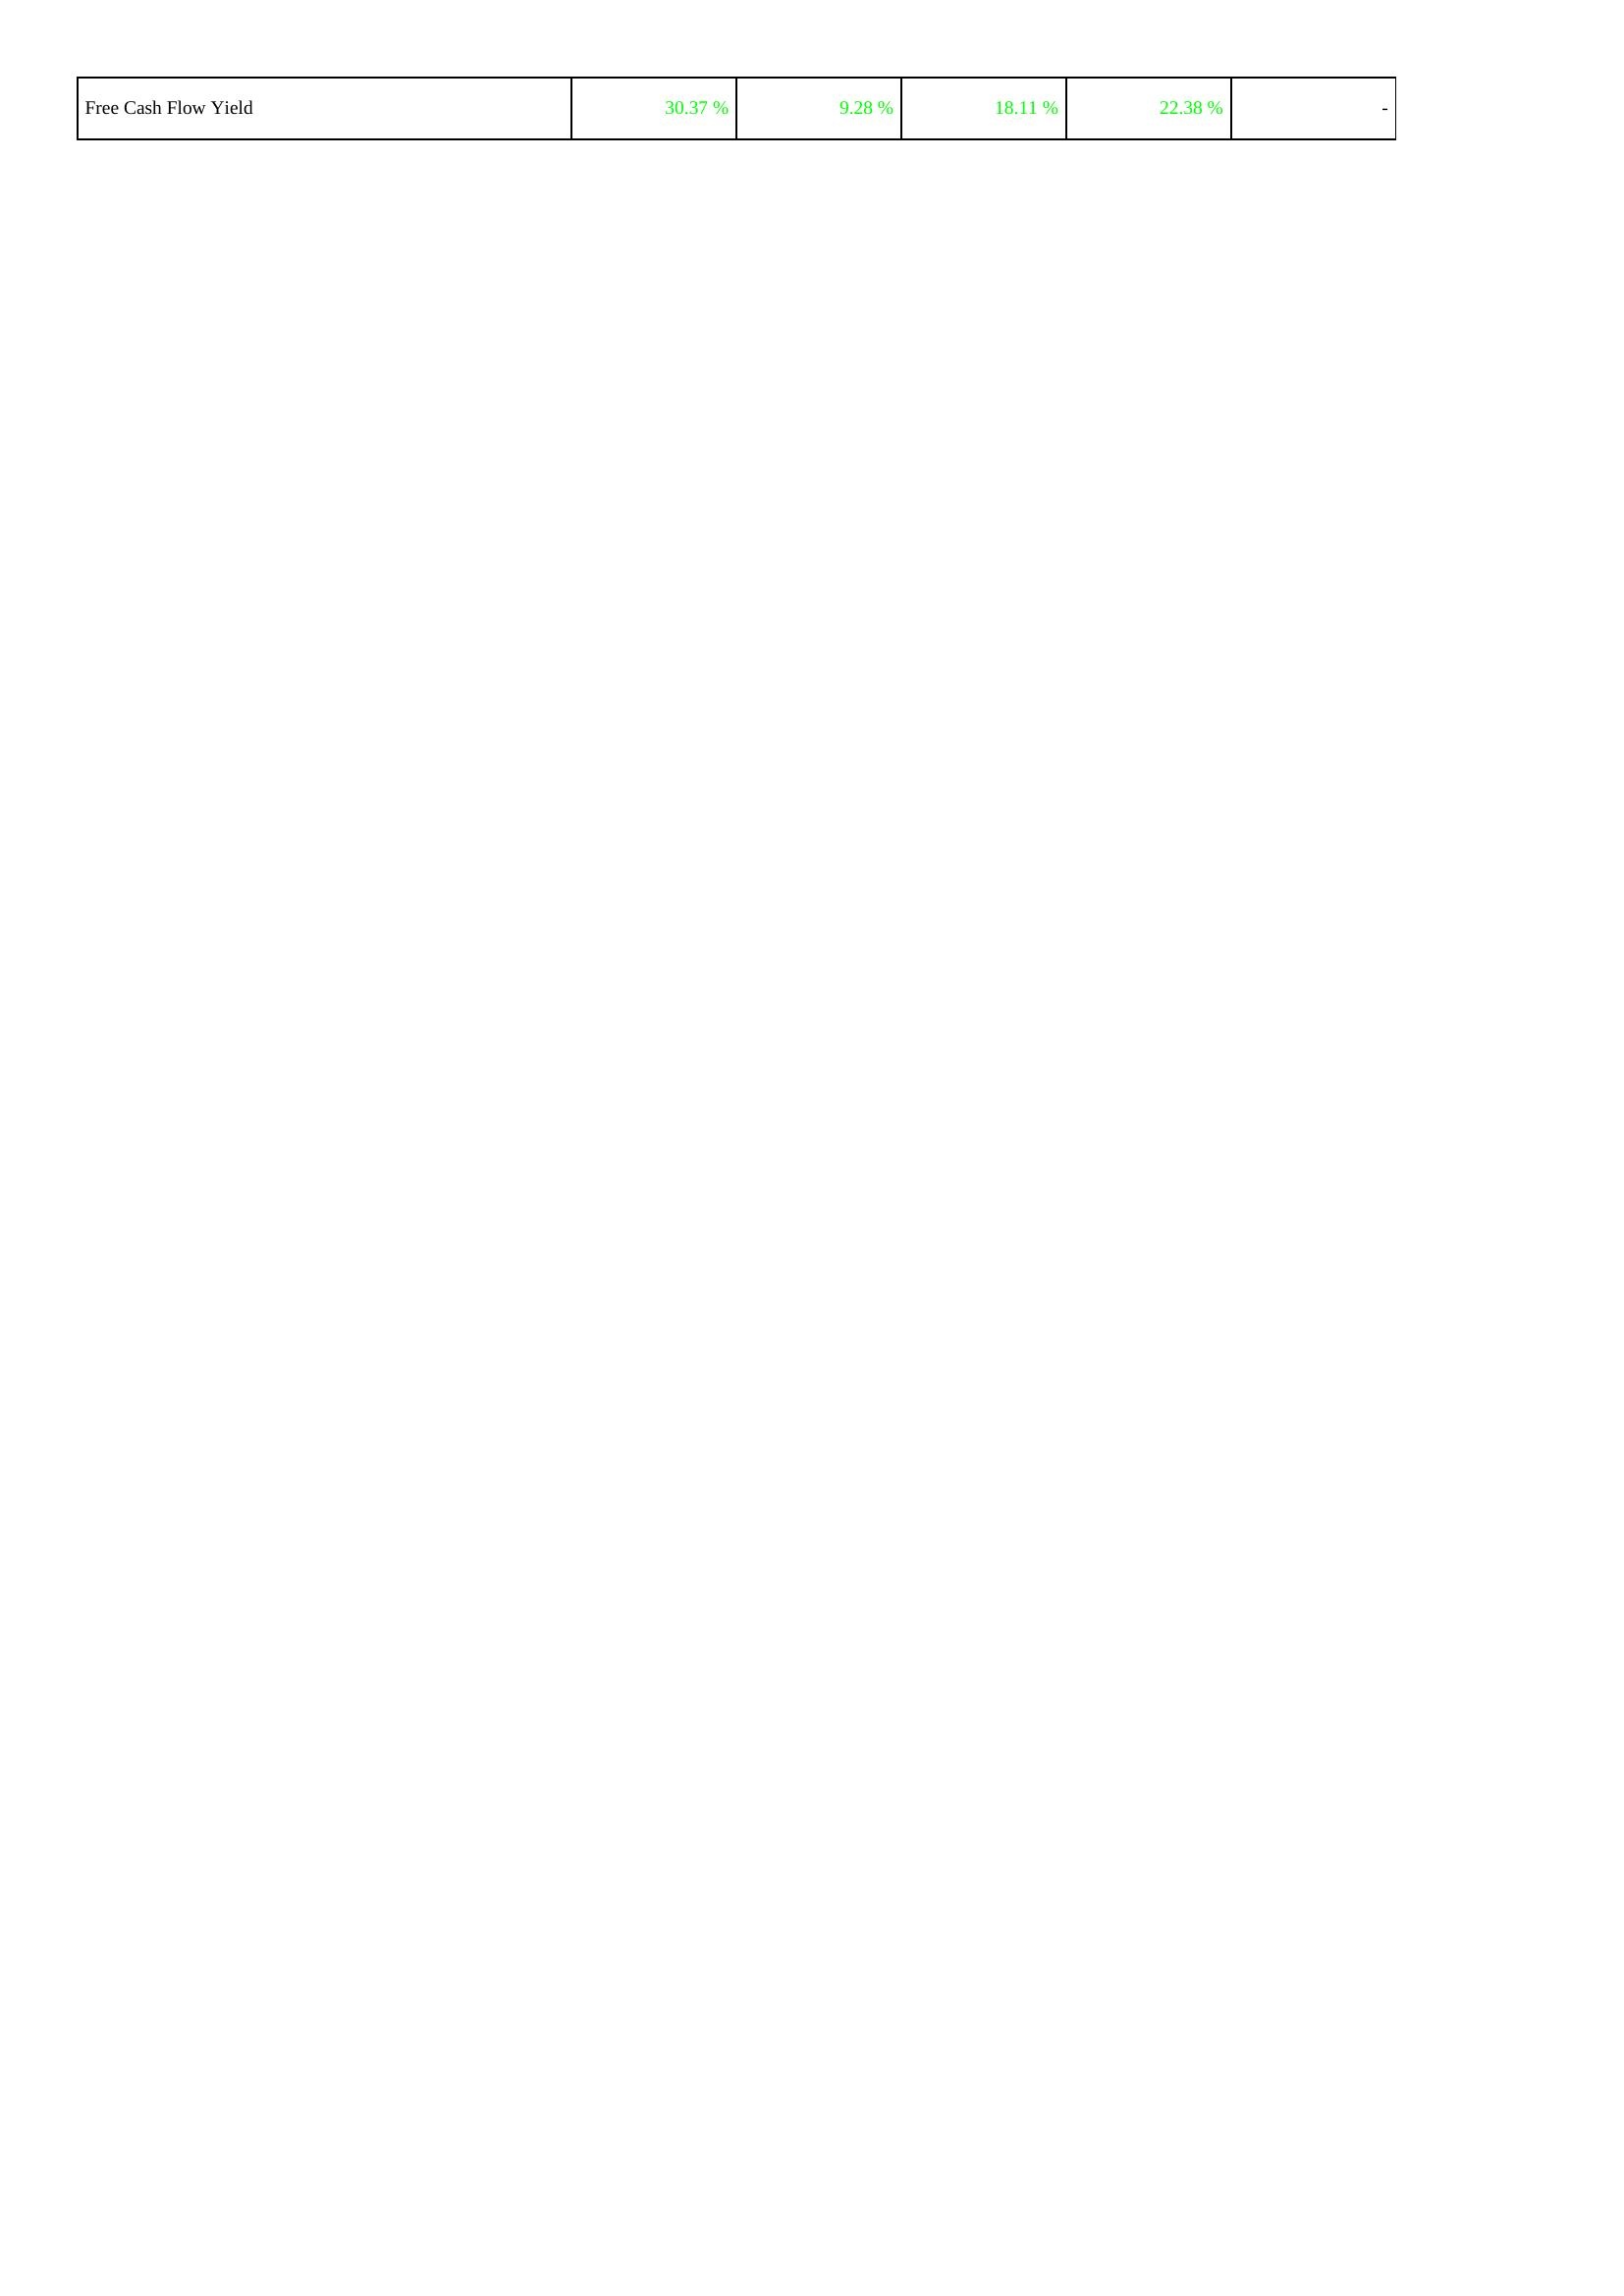
2022: Financing Activities: Free Cash Flow Yield: 30.37 %
2023: Financing Activities: Free Cash Flow Yield: 9.28 %
2024: Financing Activities: Free Cash Flow Yield: 18.11 %
2025: Financing Activities: Free Cash Flow Yield: 22.38 %
2026: Financing Activities: Free Cash Flow Yield: -